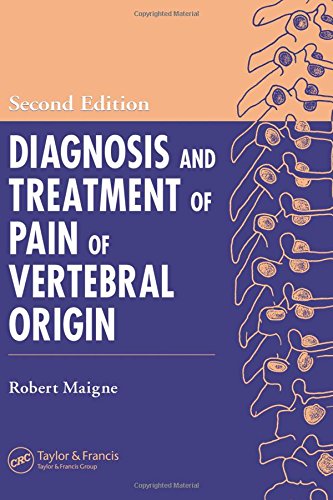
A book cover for Diagnosis and Treatment of Pain of Vertebral Origin, Second Edition (Pain Management); Robert Maigne; Medical Books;